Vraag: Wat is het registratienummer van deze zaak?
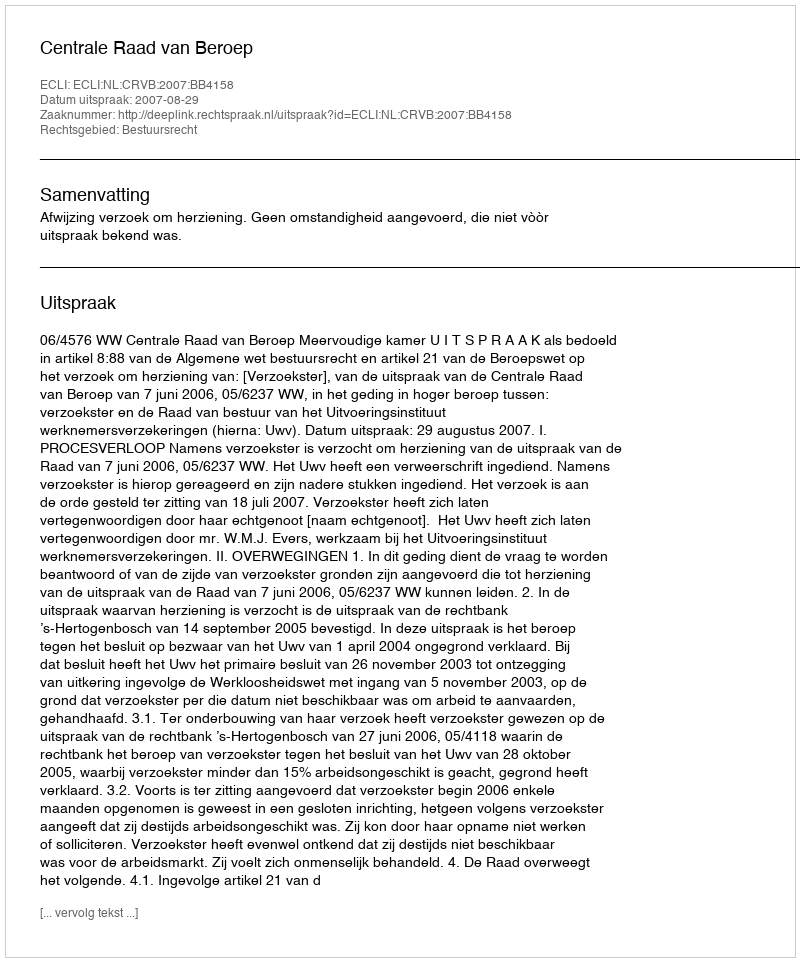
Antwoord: http://deeplink.rechtspraak.nl/uitspraak?id=ECLI:NL:CRVB:2007:BB4158